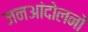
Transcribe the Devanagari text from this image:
जनआंदोलनों